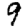
Digit: 9